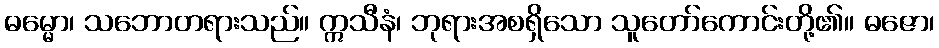
ဓမ္မော၊ သဘောတရားသည်။ ဣသီနံ၊ ဘုရားအစရှိသော သူတော်ကောင်းတို့၏။ ဓဇော၊